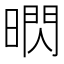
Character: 𱢚